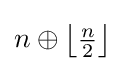
n\oplus \left\lfloor {\tfrac {n}{2}}\right\rfloor